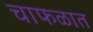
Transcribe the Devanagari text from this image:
चाफळात